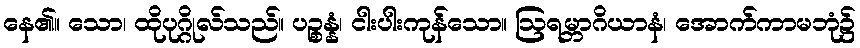
နေ၏။ သော၊ ထိုပုဂ္ဂိုလ်သည်။ ပဉ္စန္နံ၊ ငါးပါးကုန်သော။ ဩရမ္ဘာဂိယာနံ၊ အောက်ကာမဘုံ၌